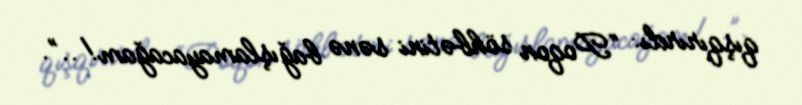
qışqırırdı: “Poqon söhbətini sənə bağışlamayacağam!..”.